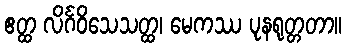
ဧတ္ထ လိင်္ဂဝိသေသတ္ထ၊ မေကဿ ပုနရုတ္တတာ။